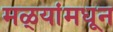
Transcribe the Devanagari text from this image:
मळ्यांमधून